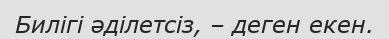
Билігі әділетсіз, – деген екен.